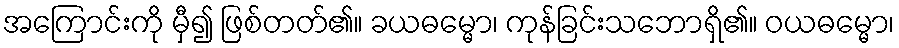
အကြောင်းကို မှီ၍ ဖြစ်တတ်၏။ ခယဓမ္မော၊ ကုန်ခြင်းသဘောရှိ၏။ ဝယဓမ္မော၊